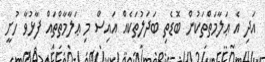
އަދި އެ ޢަލާމަތްތަކުން ބޮޑެތި ބަދަލުތަކެއް އައިސް މި ޢަލާމާތްތައް ފާޅުވާ ހުށީ